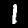
Digit: 1